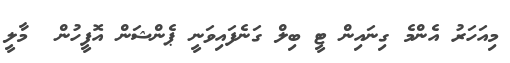
މިއަހަރު އެންމެ ގިނައިން ޓީ ބިލް ގަނެފައިވަނީ ޕެންޝަން އޮފީހުން  މާލީ